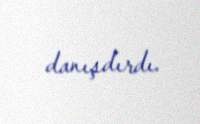
danışdırdı.